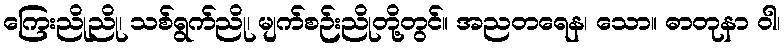
ကြေးညိုညို၊ သစ်ရွက်ညို၊ မျက်စဉ်းညိုတို့တွင်။ အညတရေန၊ သော။ ဓာတုနာ ဝါ၊